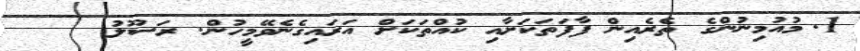
1.	މުއުމިނުންގެ ތެރެއިން ފާފަތަކަށާއި ކުއްތަކަށް އަރައިގެނެވޭމީހުން. ރަސޫލު